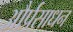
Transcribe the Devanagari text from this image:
और्प्रसाधन